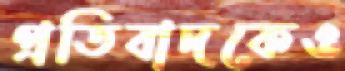
প্রতিবাদকেও